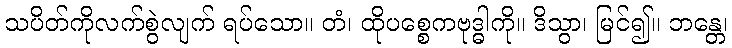
သပိတ်ကိုလက်စွဲလျက် ရပ်သော။ တံ၊ ထိုပစ္စေကဗုဒ္ဓါကို။ ဒိသွာ၊ မြင်၍။ ဘန္တေ၊